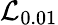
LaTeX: \mathcal{L}_{0.01}